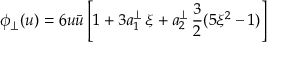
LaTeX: \phi _ { \perp } ( u ) = 6 u \bar { u } \left[ 1 + 3 a _ { 1 } ^ { \perp } \, \xi + a _ { 2 } ^ { \perp } \, \frac { 3 } { 2 } ( 5 \xi ^ { 2 } - 1 ) \right]